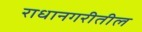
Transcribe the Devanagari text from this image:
राधानगरीतील